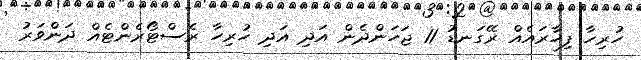
ހުރިހާ ފިހާރައެއް ރޭގަނޑު 11 ޖަހަންދެން އަދި އަދި ހުރިހާ ރެސްޓޯރެންޓެއް ދަންވަރު